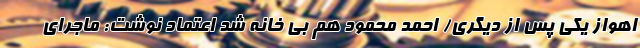
اهواز یکی پس از دیگری/ احمد محمود هم بی خانه شد اعتماد نوشت: ماجرای